Indian journal of veterinary science and animal husbandry - Volumes 26-27, 1956-1957
Year: 1956
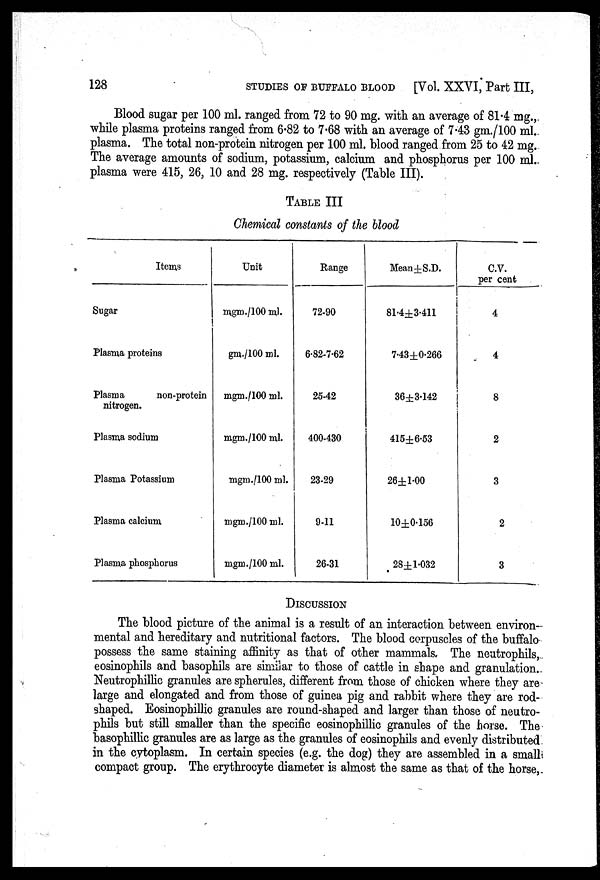
128
STUDIES
OF
BUFFALO
BLOOD
[Vol. XXVI, Part III,
Blood sugar per 100 ml. ranged from 72 to 90 mg. with an average of 81.4 mg.,
while plasma proteins ranged from 6.82 to 7.68 with an average of 7.43 gm./100 ml.
plasma. The total non-protein nitrogen per 100 ml. blood ranged from 25 to 42 mg.
The average amounts of sodium, potassium, calcium and phosphorus per 100 ml.
plasma were 415, 26, 10 and 28 mg. respectively (Table III).
TABLE III
Chemical constants of the blood
Items
Sugar
Plasma proteins
Plasma
non-protein
nitrogen.
Plasma sodium
Plasma Potassium
Plasma calcium
Plasma phosphorus
Unit
mgm./100 ml.
gm./100 ml.
mgm./100 ml.
mgm./100 ml.
mgm./100 ml.
mgm./100 ml.
mgm./100 ml.
Range
72-90
6.82-7.62
25-42
400-430
23-29
9-11
26-31
Mean±S.D.
81.4±3.411
7.43±0.266
36±3.142
415±6.53
26±1.00
10±0.156
28±1.032
C.V.
per cent
4
4
8
2
3
2
3
DISCUSSION
The blood picture of the animal is a result of an interaction between environ-
mental and hereditary and nutritional factors. The blood corpuscles of the buffalo
possess the same staining affinity as that of other mammals. The neutrophils,
eosinophils and basophils are similar to those of cattle in shape and granulation.
Neutrophillic granules are spherules, different from those of chicken where they are
large and elongated and from those of guinea pig and rabbit where they are rod-
shaped. Eosinophillic granules are round-shaped and larger than those of neutro-
phils but still smaller than the specific eosinophillic granules of the horse. The
basophillic granules are as large as the granules of eosinophils and evenly distributed
in the cytoplasm. In certain species (e.g. the dog) they are assembled in a small
compact group. The erythrocyte diameter is almost the same as that of the horse,